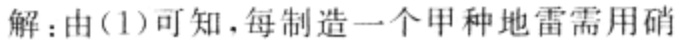
解：由(1)可知，每制造一个甲种地雷需用硝